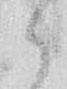
か